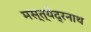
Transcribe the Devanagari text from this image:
मस्त्येंद्रनाथ